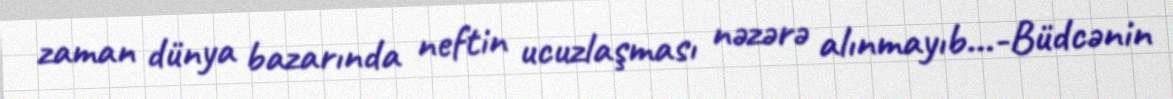
zaman dünya bazarında neftin ucuzlaşması nəzərə alınmayıb...-Büdcənin